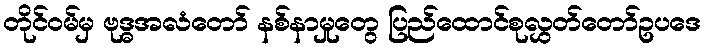
တိုင်ဝမ်မှ ဗုဒ္ဓအလံတော် နစ်နာမှုတွေ ပြည်ထောင်စုလွှတ်တော်ဥပဒေ